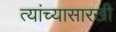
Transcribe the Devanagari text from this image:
त्यांच्यासारखी